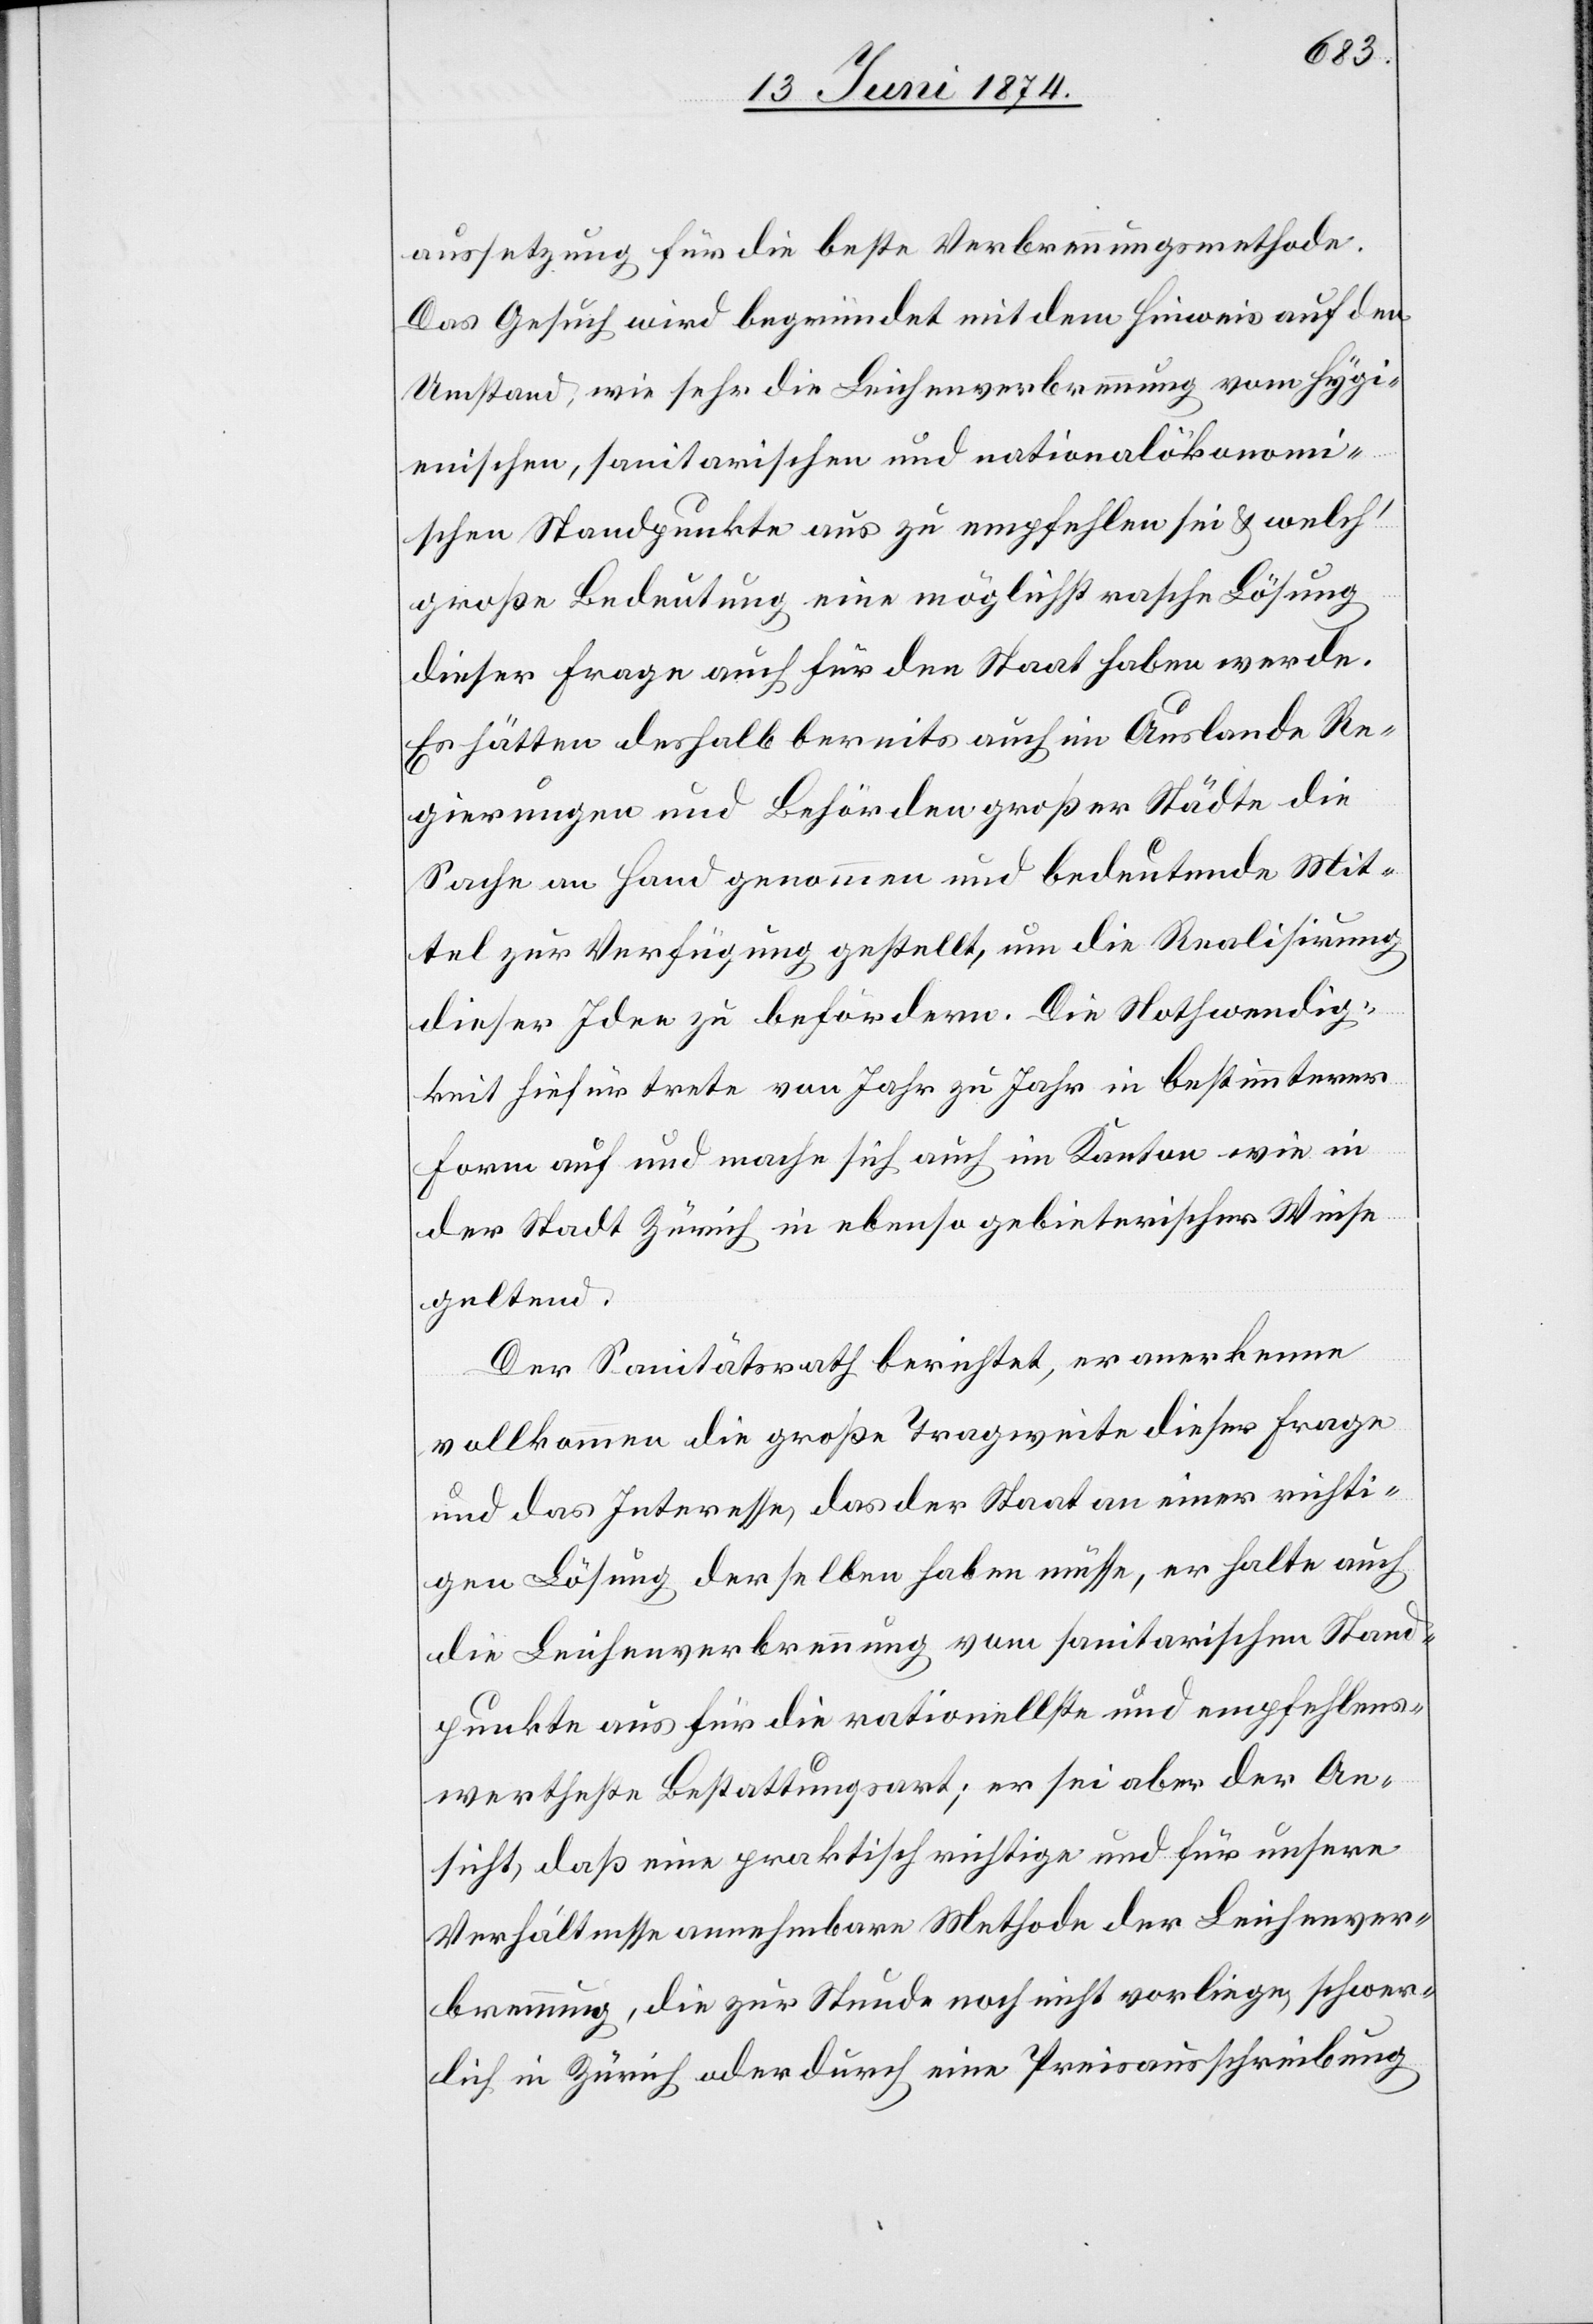
aussetzung für die beste Verbrennungsmethode.
Das Gesuch wird begründet mit dem Hinweis auf den
Umstand, wie sehr die Leichenverbrennung vom hygi¬
enischen, sanitarischen und rationalökonomi¬
schen Standpunkte aus zu empfehlen sei u. welch‘
große Bedeutung eine möglichst rasche Lösung
dieser Frage auch für den Staat haben werde.
Es hätten deshalb bereits auch im Auslande Re¬
gierungen und Behörden großer Städte die
Sache an Hand genommen und bedeutende Mit¬
tel zur Verfügung gestellt, um die Realisirung
dieser Idee zu befördern. Die Nothwendig¬
keit hiefür trete von Jahr zu Jahr in bestimmterer
Form auf und mache sich auch im Kanton wie in
der Stadt Zürich in ebenso gebieterischer Weise
geltend.
Der Sanitätsrath berichtet, er anerkenne
vollkommen die große Tragweite dieser Frage
und das Interesse das der Staat an einer richti¬
gen Lösung derselben haben müsse, er halte auch
die Leichenverbrennung vom sanitarischen Stand¬
punkte aus für die rationellste und empfehlens¬
wertheste Bestattungsart; er sei aber der An¬
sicht, daß eine praktisch richtige und für unsere
Verhältnisse annehmbare Methode der Leichenver¬
brennung, die zur Stunde noch nicht vorliege, schwer¬
lich in Zürich oder durch eine Preisausschreibung